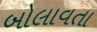
બોલાવતા